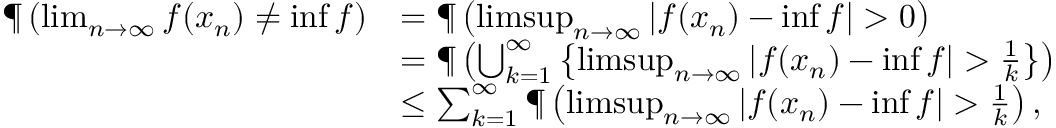
\begin{array} { r l } { \P \left( \operatorname* { l i m } _ { n \to \infty } f ( x _ { n } ) \neq \operatorname* { i n f } f \right) } & { = \P \left( \operatorname* { l i m s u p } _ { n \to \infty } | f ( x _ { n } ) - \operatorname* { i n f } f | > 0 \right) } \\ & { = \P \left( \bigcup _ { k = 1 } ^ { \infty } \left\{ \operatorname* { l i m s u p } _ { n \to \infty } | f ( x _ { n } ) - \operatorname* { i n f } f | > \frac 1 k \right\} \right) } \\ & { \leq \sum _ { k = 1 } ^ { \infty } \P \left( \operatorname* { l i m s u p } _ { n \to \infty } | f ( x _ { n } ) - \operatorname* { i n f } f | > \frac 1 k \right) , } \end{array}